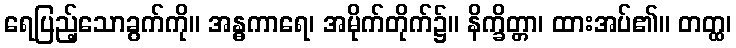
ရေပြည့်သောခွက်ကို။ အန္ဓကာရေ၊ အမိုက်တိုက်၌။ နိက္ခိတ္တာ၊ ထားအပ်၏။ တတ္ထ၊